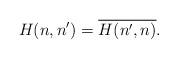
LaTeX: \begin{align*}H(n,n')=\overline{H(n',n)}.\end{align*}